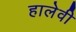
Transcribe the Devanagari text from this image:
हालेवी